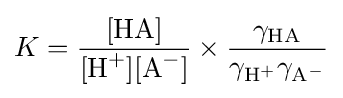
K={\frac {[\mathrm {HA} ]}{[\mathrm {H} {\vphantom {A}}^{+}][\mathrm {A} {\vphantom {A}}^{-}]}}\times {\frac {\gamma _{\mathrm {HA} }}{\gamma _{\mathrm {H} {\vphantom {A}}^{+}}\gamma _{\mathrm {A} {\vphantom {A}}^{-}}}}